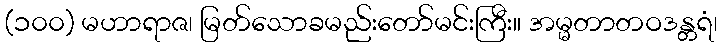
(၁၀၀) မဟာရာဇ၊ မြတ်သောခမည်းတော်မင်းကြီး။ အမ္မတာတဝဒန္တရံ၊